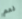
نعم